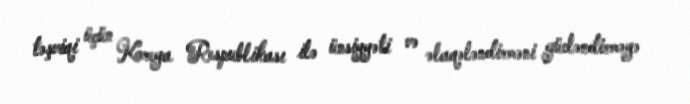
təşviqi üçün Koreya Respublikası ilə ünsiyyəti və əlaqələndirməni gücləndirməyə